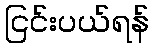
ငြင်းပယ်ရန်